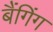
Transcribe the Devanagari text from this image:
बैंगिंग